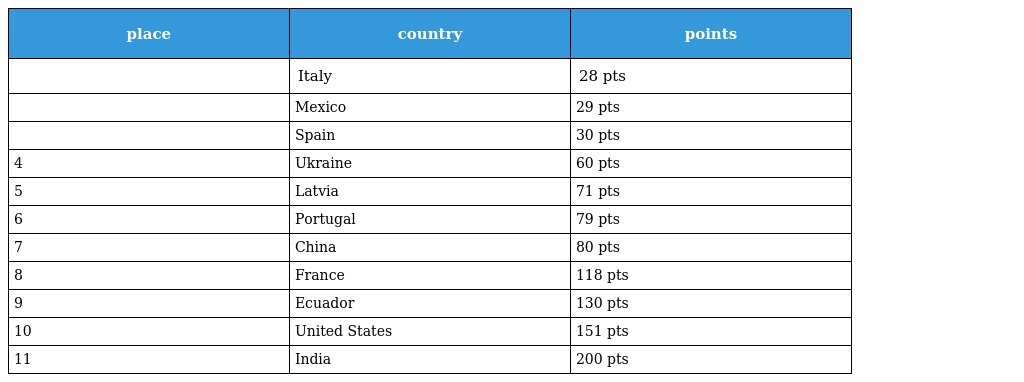
| place | country | points |
 | --- | --- | --- |
 |  | Italy | 28 pts |
 |  | Mexico | 29 pts |
 |  | Spain | 30 pts |
 | 4 | Ukraine | 60 pts |
 | 5 | Latvia | 71 pts |
 | 6 | Portugal | 79 pts |
 | 7 | China | 80 pts |
 | 8 | France | 118 pts |
 | 9 | Ecuador | 130 pts |
 | 10 | United States | 151 pts |
 | 11 | India | 200 pts |